Vaccination Hyderabad 1872-1889 - 1872-1889
Year: 1872
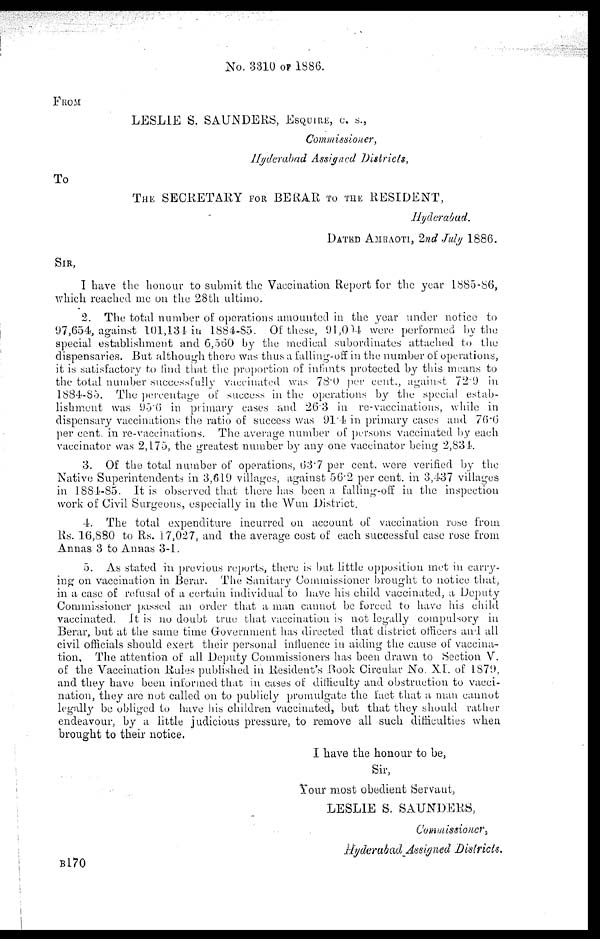
No. 3310 OF 1886.
FROM
LESLIE S. SAUNDERS, ESQUIRE, C. S.,
Commissioner,
Hyderabad Assigned Districts,
To
THE SECRETARY FOR BERAR TO THE RESIDENT,
Hyderabad.
DATED AMRAOTI, 2nd July 1886.
SIR,
I have the honour to submit the Vaccination Report for the year 1885-86,
which reached me on the 28th ultimo.
2. The total number of operations amounted in the year under notice to
97,654, against 101,134 in 1884-85. Of these, 91,004 were performed by the
special establishment and 6,560 by the medical subordinates attached to the
dispensaries. But although there was thus a falling-off in the number of operations,
it is satisfactory to find that the proportion of infants protected by this means to
the total number successfully vaccinated was 78.0 per cent., against 72.9 in
1884-85. The percentage of success in the operations by the special estab-
lishment was 95.6 in primary cases and 26.3 in re-vaccinations, while in
dispensary vaccinations the ratio of success was 91.4 in primary cases and 76.6
per cent. in re-vaccinations. The average number of persons vaccinated by each
vaccinator was 2,175, the greatest number by any one vaccinator being 2,834.
3. Of the total number of operations, 63.7 per cent. were verified by the
Native Superintendents in 3,619 villages, against 56.2 per cent. in 3,437 villages
in 1884-85. It is observed that there has been a falling-off in the inspection
work of Civil Surgeons, especially in the Wun District.
4. The total expenditure incurred on account of vaccination rose from
Rs. 16,880 to Rs. 17,027, and the average cost of each successful case rose from
Annas 3 to Annas 3-1.
5. As stated in previous reports, there is but little opposition met in carry-
ing on vaccination in Berar. The Sanitary Commissioner brought to notice that,
in a case of refusal of a certain individual to have his child vaccinated, a Deputy
Commissioner passed an order that a man cannot be forced to have his child
vaccinated. It is no doubt true that vaccination is not legally compulsory in
Berar, but at the same time Government has directed that district officers and all
civil officials should exert their personal influence in aiding the cause of vaccina-
tion. The attention of all Deputy Commissioners has been drawn to Section V.
of the Vaccination Rules published in Resident's Book Circular No. XI. of 1879,
and they have been informed that in cases of difficulty and obstruction to vacci-
nation, they are not called on to publicly promulgate the fact that a man cannot
legally be obliged to have his children vaccinated, but that they should rather
endeavour, by a little judicious pressure, to remove all such difficulties when
brought to their notice.
I have the honour to be,
Sir,
Your most obedient Servant,
LESLIE S. SAUNDERS,
Commissioner,
Hyderabad Assigned Districts.
B170